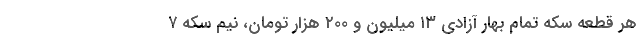
هر قطعه سکه تمام بهار آزادی ۱۳ میلیون و ۲۰۰ هزار تومان، نیم سکه ۷